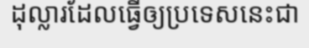
ដុល្លារដែលធ្វើឲ្យប្រទេសនេះជា